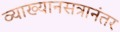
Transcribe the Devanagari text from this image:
व्याख्यानसत्रानंतर